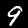
Digit: 9